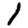
Digit: 1